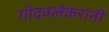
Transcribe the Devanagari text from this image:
गोंदवलेकरांनी